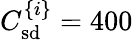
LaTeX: C_{\mathrm{sd}}^{\{ i\} }=400